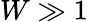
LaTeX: W\gg 1